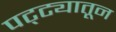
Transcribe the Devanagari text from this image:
पट्ट्यातून